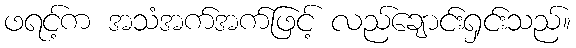
ဖရင့်က အသံအက်အက်ဖြင့် လည်ချောင်းရှင်းသည်။